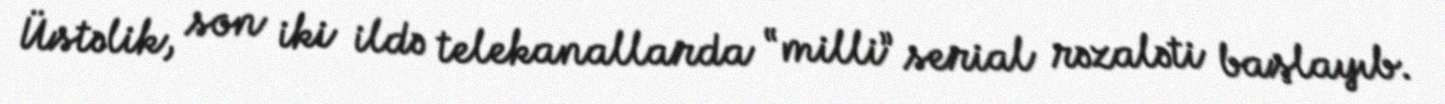
Üstəlik, son iki ildə telekanallarda “milli” serial rəzaləti başlayıb.